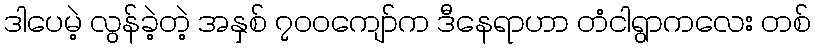
ဒါပေမဲ့ လွန်ခဲ့တဲ့ အနှစ် ၇၀၀ကျော်က ဒီနေရာဟာ တံငါရွာကလေး တစ်